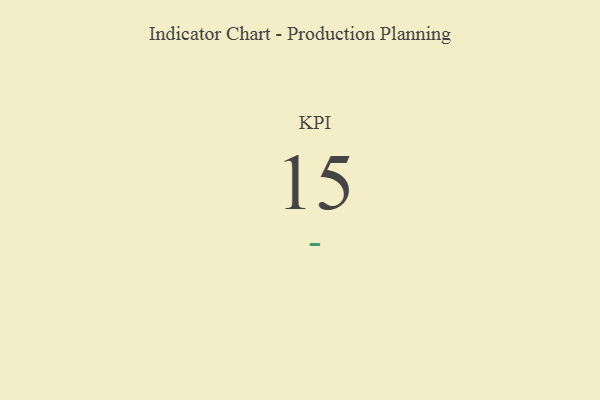
{"axis": {"x": "KPI", "y": "Value"}, "legend": [""], "data": [{"x": "KPI", "y": 15, "type": ""}]}